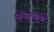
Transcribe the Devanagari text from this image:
फतेहमंगळ